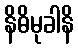
နိဓိမုခါနိ